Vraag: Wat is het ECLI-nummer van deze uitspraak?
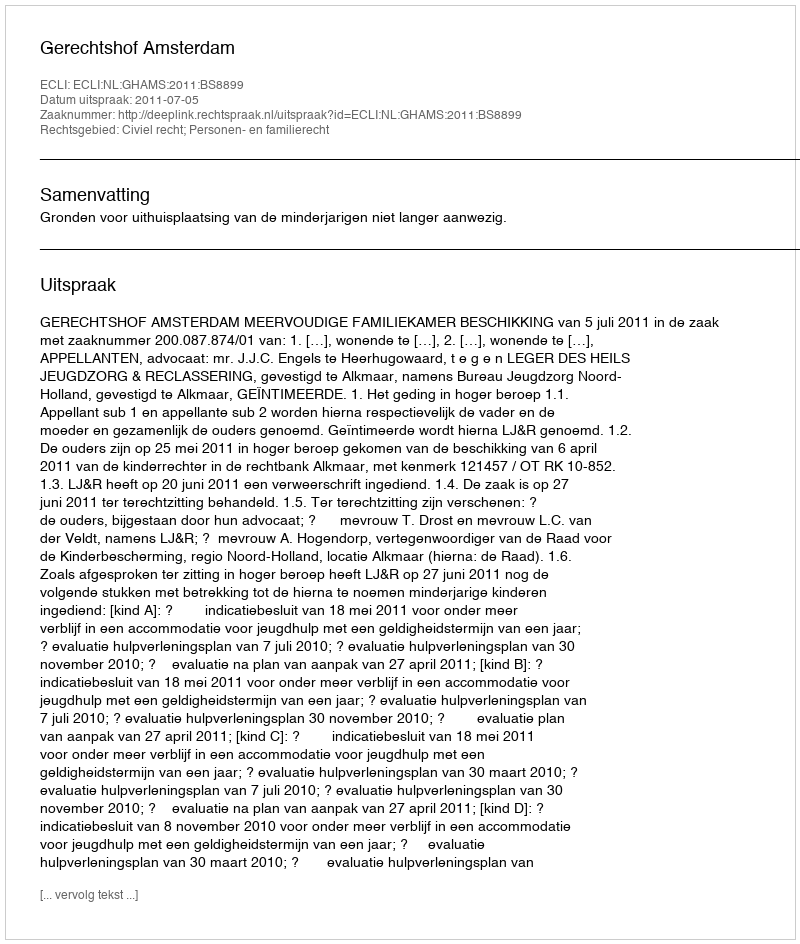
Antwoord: ECLI:NL:GHAMS:2011:BS8899